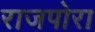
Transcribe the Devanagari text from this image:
राजपोरा